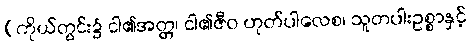
(ကိုယ်တွင်း၌ ငါ၏အတ္တ၊ ငါ၏ဇီဝ ဟုတ်ပါလေစ၊ သူတပါးဥစ္စာနှင့်